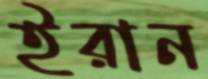
ইরান